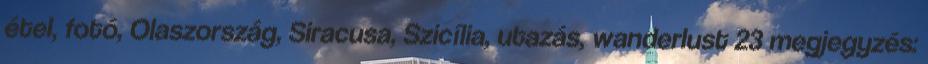
étel, fotó, Olaszország, Siracusa, Szicília, utazás, wanderlust 23 megjegyzés: